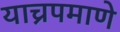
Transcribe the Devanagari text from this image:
याच्रपमाणे